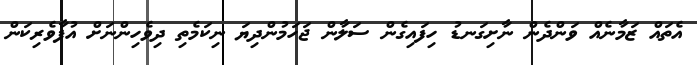
އެތައް ޒަމާނެއް ވަންދެން ނާށިގަނޑު ހިފައިގެން ސަލާން ޖަހަމުންދިޔަ ނިކަމެތި ދިވެހިންނަށް އުފާވެރިކަން